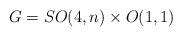
LaTeX: \begin{align*} G=SO(4,n)\times O(1,1)\end{align*}